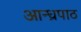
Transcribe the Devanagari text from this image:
आन्ध्रपाठ